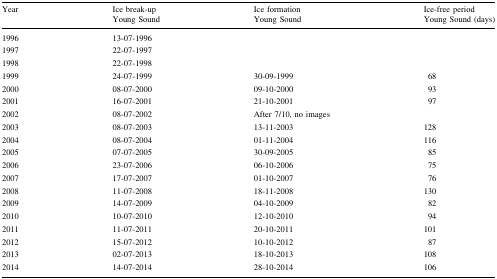
<table><thead><tr><td rowspan="2"><b>Year</b></td><td><b>Ice break-up</b></td><td><b>Ice formation</b></td><td><b>Ice-free period</b></td></tr><tr><td><b>Young Sound</b></td><td><b>Young Sound</b></td><td><b>Young Sound (days)</b></td></tr></thead><tbody><tr><td>1996</td><td>13-07-1996</td><td></td><td></td></tr><tr><td>1997</td><td>22-07-1997</td><td></td><td></td></tr><tr><td>1998</td><td>22-07-1998</td><td></td><td></td></tr><tr><td>1999</td><td>24-07-1999</td><td>30-09-1999</td><td>68</td></tr><tr><td>2000</td><td>08-07-2000</td><td>09-10-2000</td><td>93</td></tr><tr><td>2001</td><td>16-07-2001</td><td>21-10-2001</td><td>97</td></tr><tr><td>2002</td><td>08-07-2002</td><td>After 7/10, no images</td><td></td></tr><tr><td>2003</td><td>08-07-2003</td><td>13-11-2003</td><td>128</td></tr><tr><td>2004</td><td>08-07-2004</td><td>01-11-2004</td><td>116</td></tr><tr><td>2005</td><td>07-07-2005</td><td>30-09-2005</td><td>85</td></tr><tr><td>2006</td><td>23-07-2006</td><td>06-10-2006</td><td>75</td></tr><tr><td>2007</td><td>17-07-2007</td><td>01-10-2007</td><td>76</td></tr><tr><td>2008</td><td>11-07-2008</td><td>18-11-2008</td><td>130</td></tr><tr><td>2009</td><td>14-07-2009</td><td>04-10-2009</td><td>82</td></tr><tr><td>2010</td><td>10-07-2010</td><td>12-10-2010</td><td>94</td></tr><tr><td>2011</td><td>11-07-2011</td><td>20-10-2011</td><td>101</td></tr><tr><td>2012</td><td>15-07-2012</td><td>10-10-2012</td><td>87</td></tr><tr><td>2013</td><td>02-07-2013</td><td>18-10-2013</td><td>108</td></tr><tr><td>2014</td><td>14-07-2014</td><td>28-10-2014</td><td>106</td></tr></tbody></table>